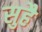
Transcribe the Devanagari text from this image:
सुहै